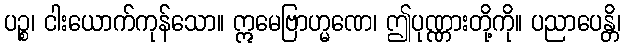
ပဉ္စ၊ ငါးယောက်ကုန်သော။ ဣမေဗြာဟ္မဏေ၊ ဤပုဏ္ဏားတို့ကို။ ပညာပေန္တိ၊